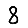
Digit: 8